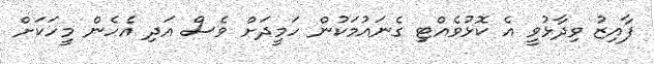
ފާއިޒު ވިދާޅުވީ އެ ކޮޅުވެއްޓި ގެނައުމަކުން ހަމީދަށް ވެސް އަދި އެހެން މީހަކަށް